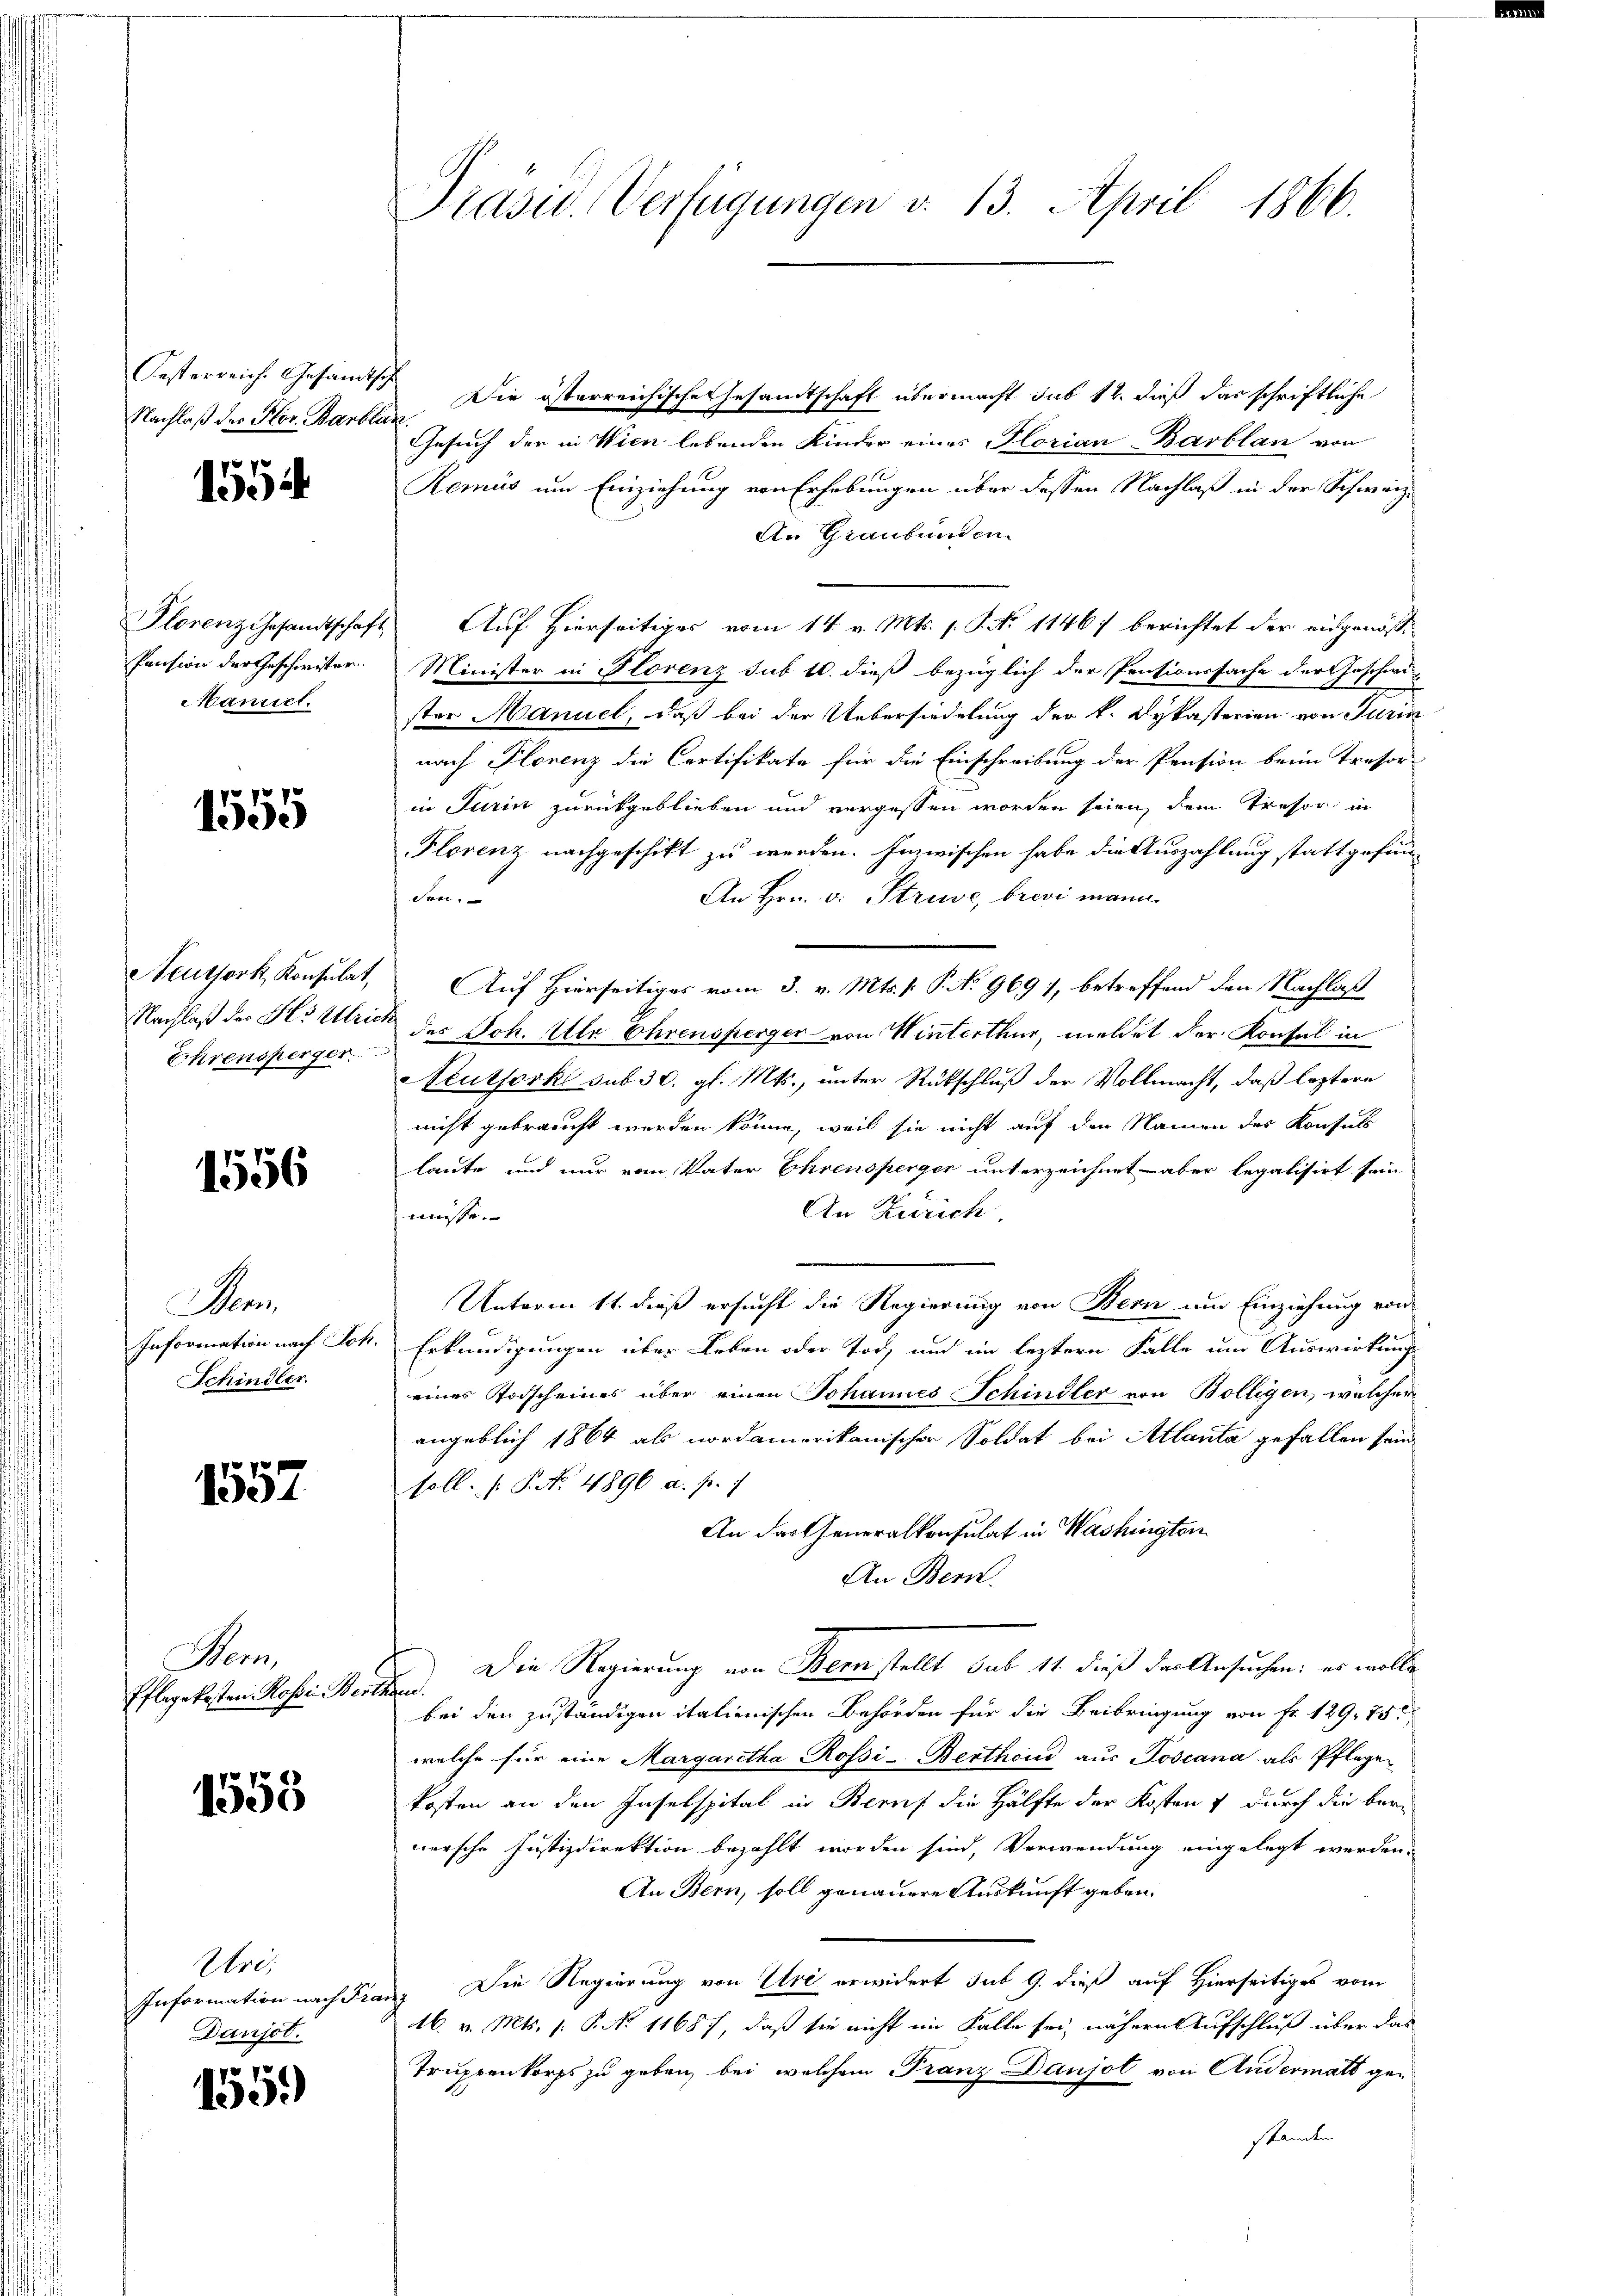
Nachlaß des Hor. Barban
p

13

Florenz Gesandtschaft
Pension der Geschwister.
Manict.

1555

Neuthork, Konsulat,
Nachlaß der Hs. Ulrich
Ehrensperger

1556

Ma
Information nach Jo
Schindler

1557

Seon,
Pflegekosten Rossen Ber

1553

Urei
Information nach Fr.
Danjot.

155.

Präsid. Verfügungen v. 13. April 1866.

Oesterreich. Gesandtsch Die österreichische Gesandtschaft übermacht sub 12. dieß das schriftliche
Gesuch der in Wien lebenden Kinder eines Florian-Barblan von
Remüs um Einziehung von Erhebungen über dessen Nachlaß in der Schweiz¬
An Graubünden
Auf Hierseitiges vom 14. v. Mts. s. S. No 1146) berichtet der eidgenös¬
Minister in Florenz sub 10. dieß bezüglich der Pensionssache der Geschwi-
ster Manuel, daß bei der Uebersiedelung der k. Dykasterien von Turin
nach Plorenz die Certifikate für die Einschreibung der Pension beim Trefor-
in Turin zurückgeblieben und vergessen worden seien, dem Tresor in
Florenz nachgeschikt zu werden. Inzwischen habe die Auszahlung stattgefun¬
An Hrn. v. Struwe, brevi mann
den.
Auf Hierseitiges vom 3. v. Mts. v. P. No 969), betreffend den Nachlaß
des Sch. Ulr Ehrensperger von Winterthur, meldet der Konsul in
Neutserkl sub 30. gl. Mts., unter Rückschluß der Vollmacht, daß leztere
nicht gebraucht werden könne, weil sie nicht auf den Namen des Konsuls
laute und nur vom Vater Ehrensperger unterzeichnet - aber legalisirt sein
An Zürich.
müsse.

Unterm 11. dieß ersucht die Regierung von Bern um Einziehung von
Erkundigungen über Leben oder Tod, und im leztern Falle um Auswirkung
eines Todscheines über einen Johannes Schindler von Bolligen, welcher
angeblich 1864 als nordamerikanischer Soldat bei Atlanta gefallen sein
soll. P.P. Nr. 4896 a. p. 1
An das Generalkonsulat in Washingten
An Bern.
Die Regierung von Bern stellt sub 11. dieß der Ansuchen: es wolle
aten.
bei den zuständigen italienischen Behörden für die Beibringung von Fr. 129. 75
welche für eine Margaretha Rossi-Berthoud aus Poscana als Pflegekosten an den Inselspital in Beruf die Hälfte der Kosten & durch die bere
nersche Justizdirektion bezahlt worden sind, Verwendung eingelegt werden.
An Bern, soll genauere Auskunft geben.
in. Die Regierung von Uri erwidert sub 9. dieß auf Hierseitiges vom
16. v. Mts. s. P. No. 1168), daß sie nicht im Falle sei, nähere Aufschluß über das
Truppenkorps zu geben, bei welchem Franz Danjot von Andermatt gestanden